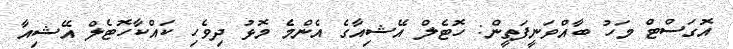
އޮގަސްޓް މަހު ބާއްވަނީފަތީން: ހޮޓެލް އޭޝިއާގެ އެންމެ މޮޅު ދިވެހި ކައްކާހޮޓެލް އޭޝިއާ